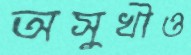
অসুখীও